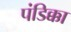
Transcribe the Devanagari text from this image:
पंडिक्का